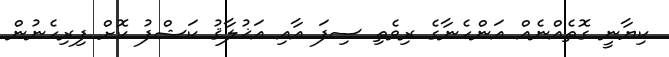
ކިޔާނީ ގޮތެއްނެއް އަންހެނާގެ ރިވެތި ސިފަ އާއި އަޚުލާޤު ކަޝްފު ކޮށް ފިރިހެނުން